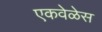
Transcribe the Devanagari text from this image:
एकवेळेस